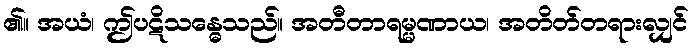
၏။ အယံ၊ ဤပဋိသန္ဓေသည်။ အတီတာရမ္မဏာယ၊ အတိတ်တရားလျှင်